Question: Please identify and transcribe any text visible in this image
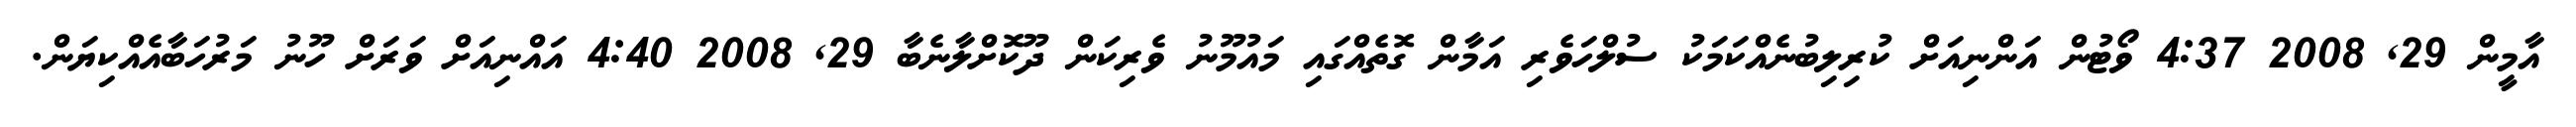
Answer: އާމީން 29, 2008 4:37 ވޯޓުން އަންނިއަށް ކުރިލިބުނެއްކަމަކު ސުލްހަވެރި އަމާން ގޮތެއްގައި މައުމޫނު ވެރިކަން ދޫކޮށްލާނެބާ 29, 2008 4:40 އައްނިއަށް ވަރަށް ހޫނު މަރުހަބާއެއްކިޔަން.